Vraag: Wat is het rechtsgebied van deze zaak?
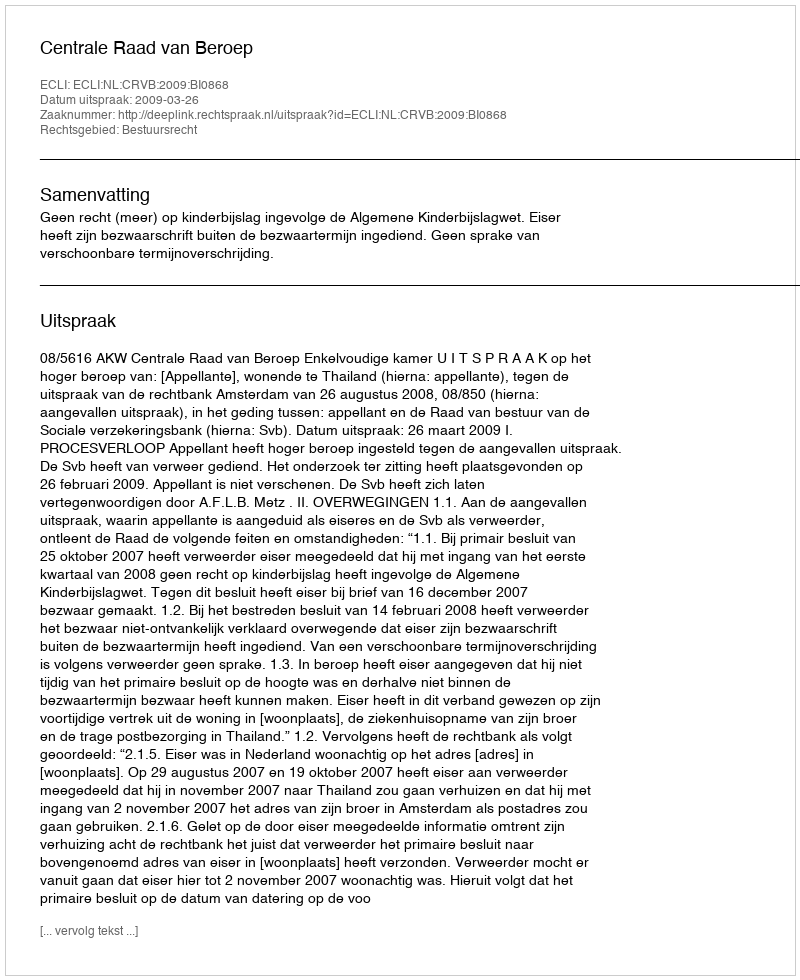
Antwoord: Bestuursrecht